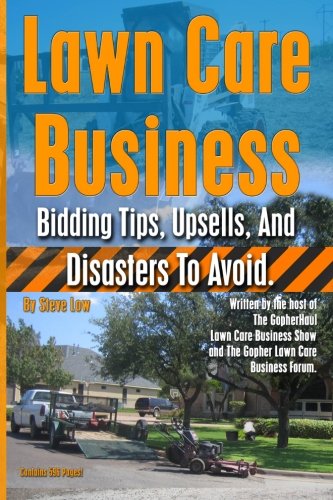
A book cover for Lawn Care Business Bidding Tips, Upsells, And Disasters To Avoid.; Steve Low; Crafts, Hobbies & Home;